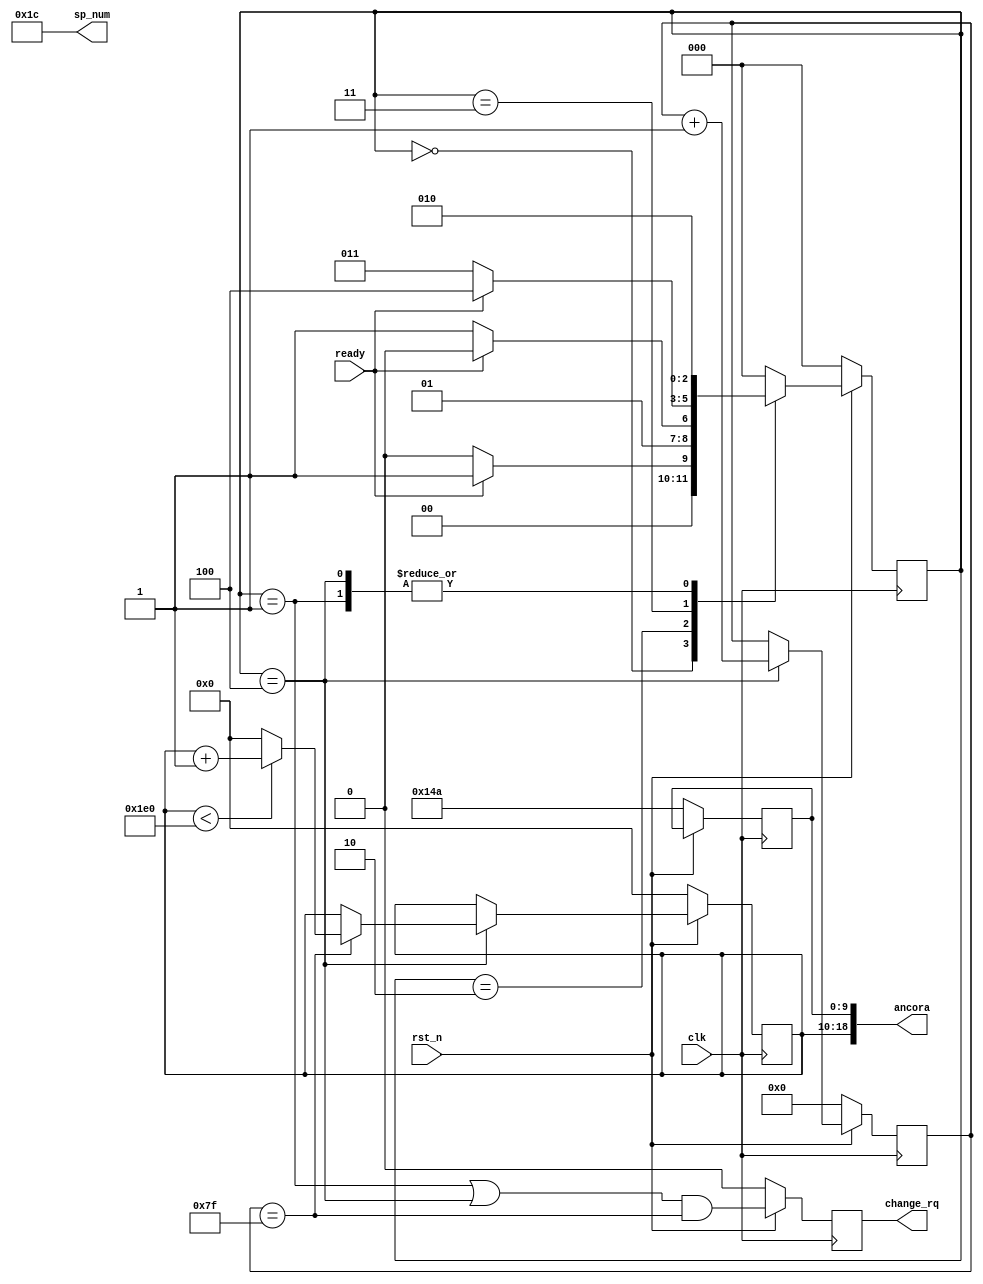
module interfaceTesterFSM (clk, rst_n, ready, change_rq, sp_num, ancora);
//-------------Input Ports-----------------------------
input clk, rst_n, ready;
 //-------------Output Ports----------------------------
output reg change_rq;
output [4:0] sp_num;
output [18:0] ancora;
//-------------Internal Constants--------------------------
parameter SETUP = 3'd0, PRESET = 3'd1, IDLE = 3'd2, WAIT_RDY = 3'd3, ADD = 3'd4;
//-------------Internal Variables---------------------------
reg [2:0] state; // Seq part of the FSM
reg [2:0] next_state; // combo part of FSM
reg [8:0] row;
reg [9:0] column;
reg [6:0] framecount;

assign ancora[18:10] = row;
assign ancora[9:0] = column;

// Sprite do disquete
assign sp_num = 5'd28;

//assign change_rq = (state == PRESET | state == ADD);

always @ (state or ready)
begin : FSM_COMBO
	next_state = 3'd0;
	case(state)
	SETUP :	begin
					if (ready)
						next_state = PRESET;
					else
						next_state = SETUP;
				end
			
   PRESET :	begin
					next_state = IDLE;
				end
					
   IDLE : 	begin
					if (~ready)
						next_state = WAIT_RDY;
					else
						next_state = IDLE;
				end
	
	WAIT_RDY :	begin
						if (ready)
							next_state = ADD;
						else
							next_state = WAIT_RDY;
					end
					
	ADD :	begin
				next_state = IDLE;
			end
	
   default : next_state = SETUP;
  endcase
end

//----------Seq Logic-----------------------------
always @ (posedge clk)
begin : FSM_SEQ
	if (~rst_n)
	begin
		state <= SETUP;
	end
	else
	begin
		state <= next_state;
	end
end

//----------Counters-----------------------------
always @ (posedge clk)
begin
	if (~rst_n)
	begin
		row <= 0;
		column <= 330;
	end
	else
	begin
		if (state == ADD)
		begin
			if (framecount == 127)
			begin
				if (row < 480)
					row <= row + 1;
				else
					row <= 0;
			end
			else
			begin
				row <= row;
			end
		end
	end
end

always @ (posedge clk)
begin
	if (~rst_n)
	begin
		framecount <= 0;
	end
	else
	begin
		if (state == ADD)
		begin
			framecount <= framecount + 1;
		end
		else
		begin
			framecount <= framecount;
		end
	end
end

//----------Output Logic-----------------------------
always @ (posedge clk)
begin : OUTPUT_LOGIC
if (~rst_n)
begin
	change_rq <= 1'b0;
end
else
begin
	change_rq <= (state == PRESET | state == ADD) & (framecount == 127);
end
end // End Of Block OUTPUT_LOGIC

endmodule // End of Module arbiter